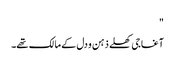
"
آغا جی کھلے ذہن و دل کے مالک تھے۔